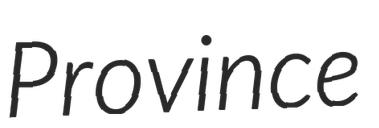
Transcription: Province